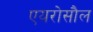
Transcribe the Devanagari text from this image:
एयरोसौल